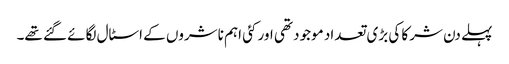
پہلے دن شرکا کی بڑی تعداد موجود تھی اور کئی اہم ناشروں کے اسٹال لگائے گئے تھے۔